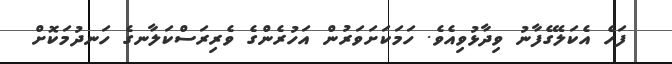
ފަހެ އެކަލޭގެފާނު ވިދާޅުވިއެވެ. ހަމަކަށަވަރުން އަހުރެންގެ ވެރިރަސްކަލާނގެ ހަނދުމަކޮށް